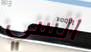
السي